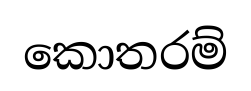
කොතරම්